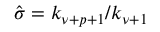
\hat { \sigma } = k _ { \nu + p + 1 } / k _ { \nu + 1 }